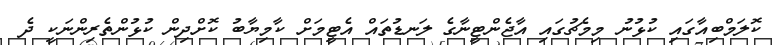
ކޮލަމްބިއާގައި ކުޅުނު މިމެޗުގައި އާޖެންޓީނާގެ ލަނޑުތައް އެޓީމަށް ކާމިޔާބު ކޮށްދިން ކުޅުންތެރިންނަކީ ދެ